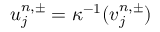
u _ { j } ^ { n , \pm } = \kappa ^ { - 1 } ( v _ { j } ^ { n , \pm } )